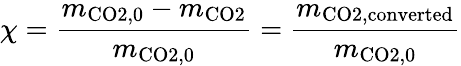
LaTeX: \chi=\frac{m_{\mathrm{CO2,0}}-m_{\mathrm{CO2}}}{m_{\mathrm{CO2,0}}}=\frac{m_{\mathrm{CO2,converted}}}{m_{\mathrm{CO2,0}}}